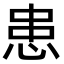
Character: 患